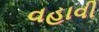
વહાવી